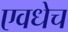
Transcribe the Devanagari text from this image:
एवधेच